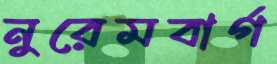
নুরেমবার্গ